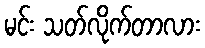
မင်း သတ်လိုက်တာလား